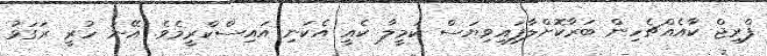
ފްރިޖް ކާއެއްޗެހިން ބަރާކޮށްލާފައިވިޔަސް ކަމީލާ ކެއީ އެކަނި އައިސްކްރީމެވެ. އޭނަ ހުރީ ރަގަޅު